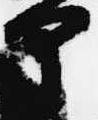
部